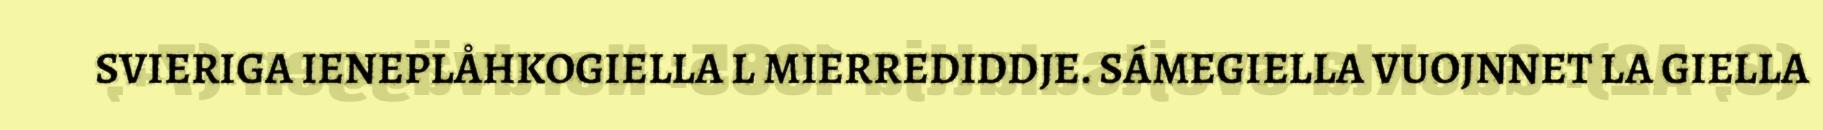
SVIERIGA IENEPLÅHKOGIELLA L MIERREDIDDJE. SÁMEGIELLA VUOJNNET LA GIELLA